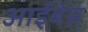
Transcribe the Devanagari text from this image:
आईबेस